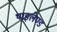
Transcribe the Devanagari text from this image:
थाइलेण्ड